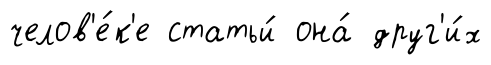
челов'е́к'е статьи́ она́ друг'и́х